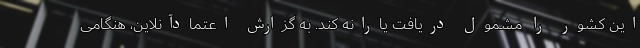
این کشور را مشمول دریافت یارانه کند. به گزارش اعتمادآنلاین، هنگامی